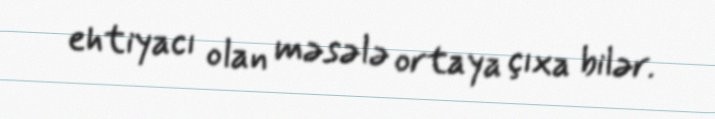
ehtiyacı olan məsələ ortaya çıxa bilər.